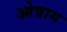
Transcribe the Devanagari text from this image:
ओत्राग